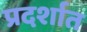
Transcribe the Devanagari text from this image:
प्रदर्शात